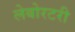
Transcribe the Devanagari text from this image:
लेबोरटरी